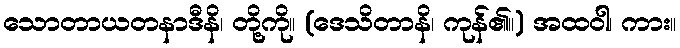
သောတာယတနာဒီနိ၊ တို့ကို။ (ဒေသိတာနိ၊ ကုန်၏။) အထဝါ၊ ကား။